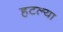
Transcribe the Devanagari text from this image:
हटल्या